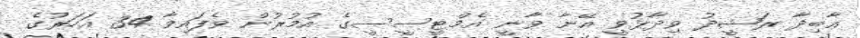
ޢާބިދާ ރަޝީދު ވިދާޅުވީ އޭނާ ވާނީ އެމްޓީސީސީގެ އުމުރުން ވެފައިވާ 34 އަހަރުގެ